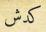
كدش